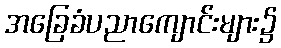
အခြေခံပညာကျောင်းများ၌